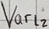
Text: Varl2